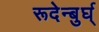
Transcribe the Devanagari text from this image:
रूदेन्बुर्घ्